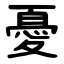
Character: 憂